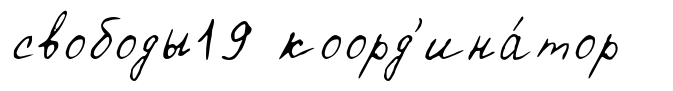
свободы19 коорд'ина́тор